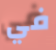
في